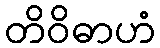
တိဝိဓာဟံ